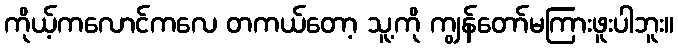
ကိုယ့်ကလောင်ကလေ တကယ်တော့ သူ့ကို ကျွန်တော်မကြားဖူးပါဘူး။